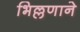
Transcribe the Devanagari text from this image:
भिल्लणाने